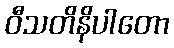
ဝီသတိနိပါတော